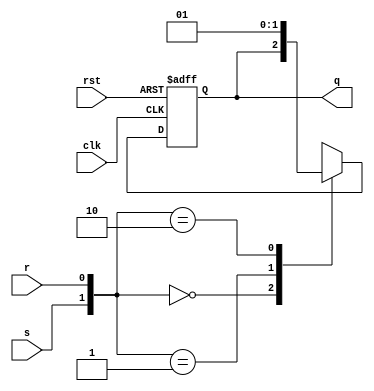
module srffasyn(clk,rst,s,r,q);

input clk,rst,s,r; 
output reg q;

always@(posedge clk or negedge rst) 
begin
     if (~rst)
     q<=0;
     
     else 
     begin
     case({s,r})
     2'b00:q<=q;
     2'b01:q<=0;
     2'b10:q<=1;
     2'b11:q<=1'bx;
     default:q<=q;
     
endcase
end
end
endmodule